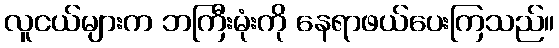
လူငယ်များက ဘကြီးမုံးကို နေရာဖယ်ပေးကြသည်။